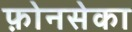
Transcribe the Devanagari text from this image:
फ़ोनसेका